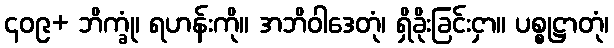
၄၀၉+ ဘိက္ခုံ၊ ရဟန်းကို။ အဘိဝါဒေတုံ၊ ရှိခိုးခြင်းငှာ။ ပစ္စုဋ္ဌာတုံ၊